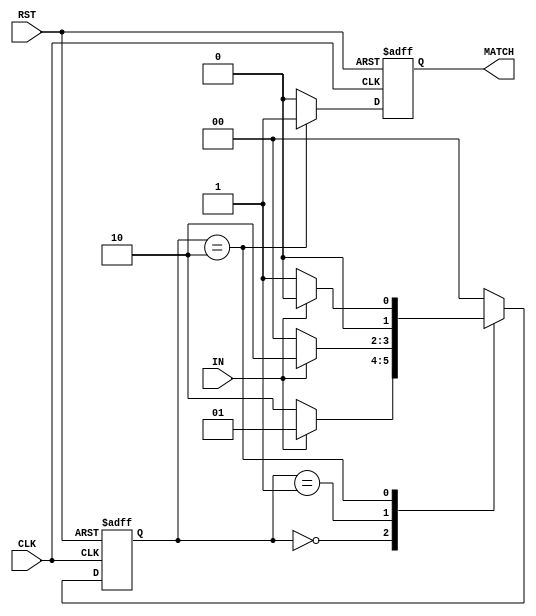
module verified_fsm3 (
    input IN, CLK, RST,
    output reg MATCH
);

    reg [1:0] ST_cr, ST_nt;

    parameter s0 = 2'b00, s1 = 2'b01, s2 = 2'b10;

    always @(posedge CLK or posedge RST) begin
        if (RST)
            ST_cr = s0;
        else
            ST_cr = ST_nt;
    end

    always @* begin
        case (ST_cr)
            s0: ST_nt = (IN == 0) ? s2 : s1;
            s1: ST_nt = (IN == 0) ? s0 : s2;
            s2: ST_nt = (IN == 0) ? s1 : s0;
          
            default: ST_nt = s0; // Add a default assignment
        endcase
    end

    always @(posedge CLK or posedge RST) begin
        if (RST)
            MATCH = 0;
        else if (ST_cr == s2)
            MATCH = 1;
        else
            MATCH = 0;
    end

endmodule